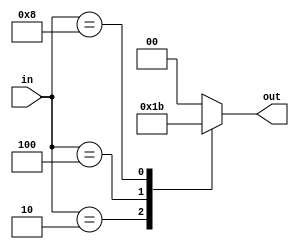
//////////An 2-to-4 Encoder
/////////Using case statement

`timescale 10ns / 10ps
module Encoder(in,out);
input wire [3:0]in;
output reg [1:0]out;

always@(in)
    begin
        case(in)
            4'b0001: out = {1'b0, 1'b0};
            4'b0010: out = {1'b0, 1'b1};
            4'b0100: out = {1'b1, 1'b0};
            4'b1000: out = {1'b1, 1'b1};
            default: out = {1'b0, 1'b0};
        endcase
    end 

endmodule